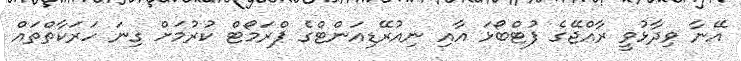
އޭނާ ވިދާޅުވީ ރާއްޖޭގެ ފުޓްބޯޅަ އާއި ނިއުރޭޑިއަންޓްގެ ޕްރަމޯޓް ކުރުމަށް ގިނަ ހަރަކާތްތައް